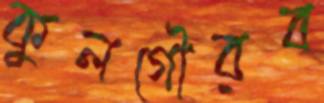
কুলগৌরব